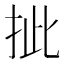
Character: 㧗